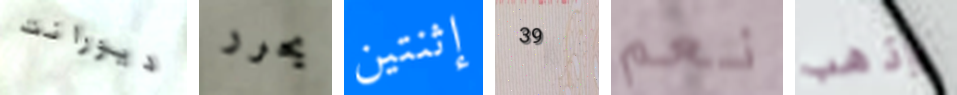
ديورانت يحرر إثنتين 39 نعم واذهب